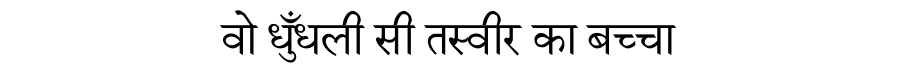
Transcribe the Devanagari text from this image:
वो धुँधली सी तस्वीर का बच्चा